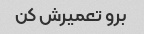
برو تعمیرش کن